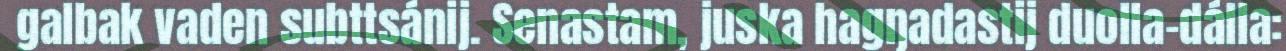
galbak vaden subttsánij. Senastam, juska hagŋadastij duolla–dálla: